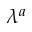
\lambda ^ { a }